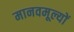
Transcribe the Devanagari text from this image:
मानवमूल्यों